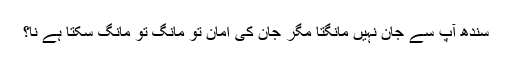
سندھ آپ سے جان نہیں مانگتا مگر جان کی امان تو مانگ تو مانگ سکتا ہے نا؟